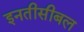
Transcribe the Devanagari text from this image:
इनतीसीबल